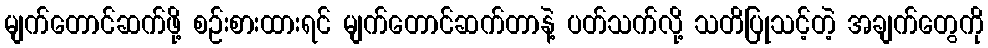
မျက်တောင်ဆက်ဖို့ စဉ်းစားထားရင် မျက်တောင်ဆက်တာနဲ့ ပတ်သက်လို့ သတိပြုသင့်တဲ့ အချက်တွေကို